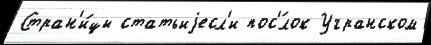
Стран'и́цы статьиjесл'и пос'́лок Угранском